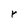
Character: r